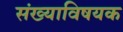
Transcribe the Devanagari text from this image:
संख्याविषयक